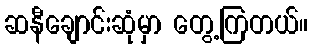
ဆနီချောင်းဆုံမှာ တွေ့ကြတယ်။